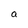
Character: a